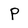
Character: P